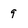
Character: 9